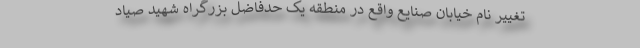
تغییر نام خیابان صنایع واقع در منطقه یک حدفاضل بزرگراه شهید صیاد